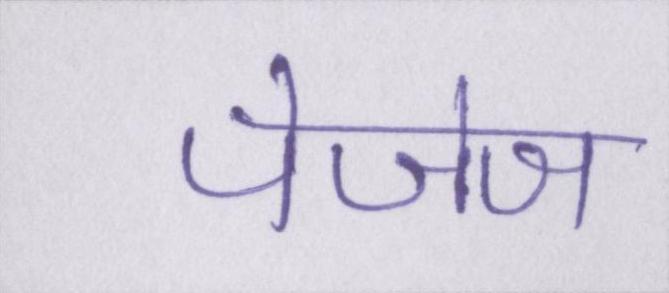
पेजेज